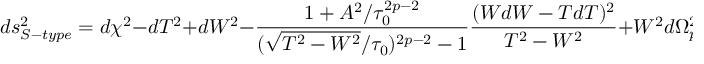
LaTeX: d s _ { S - t y p e } ^ { 2 } = d \chi ^ { 2 } - d T ^ { 2 } + d W ^ { 2 } - \frac { 1 + A ^ { 2 } / \tau _ { 0 } ^ { 2 p - 2 } } { ( \sqrt { T ^ { 2 } - W ^ { 2 } } / \tau _ { 0 } ) ^ { 2 p - 2 } - 1 } \frac { ( W d W - T d T ) ^ { 2 } } { T ^ { 2 } - W ^ { 2 } } + W ^ { 2 } d \Omega _ { p - 2 } ^ { 2 } \ .